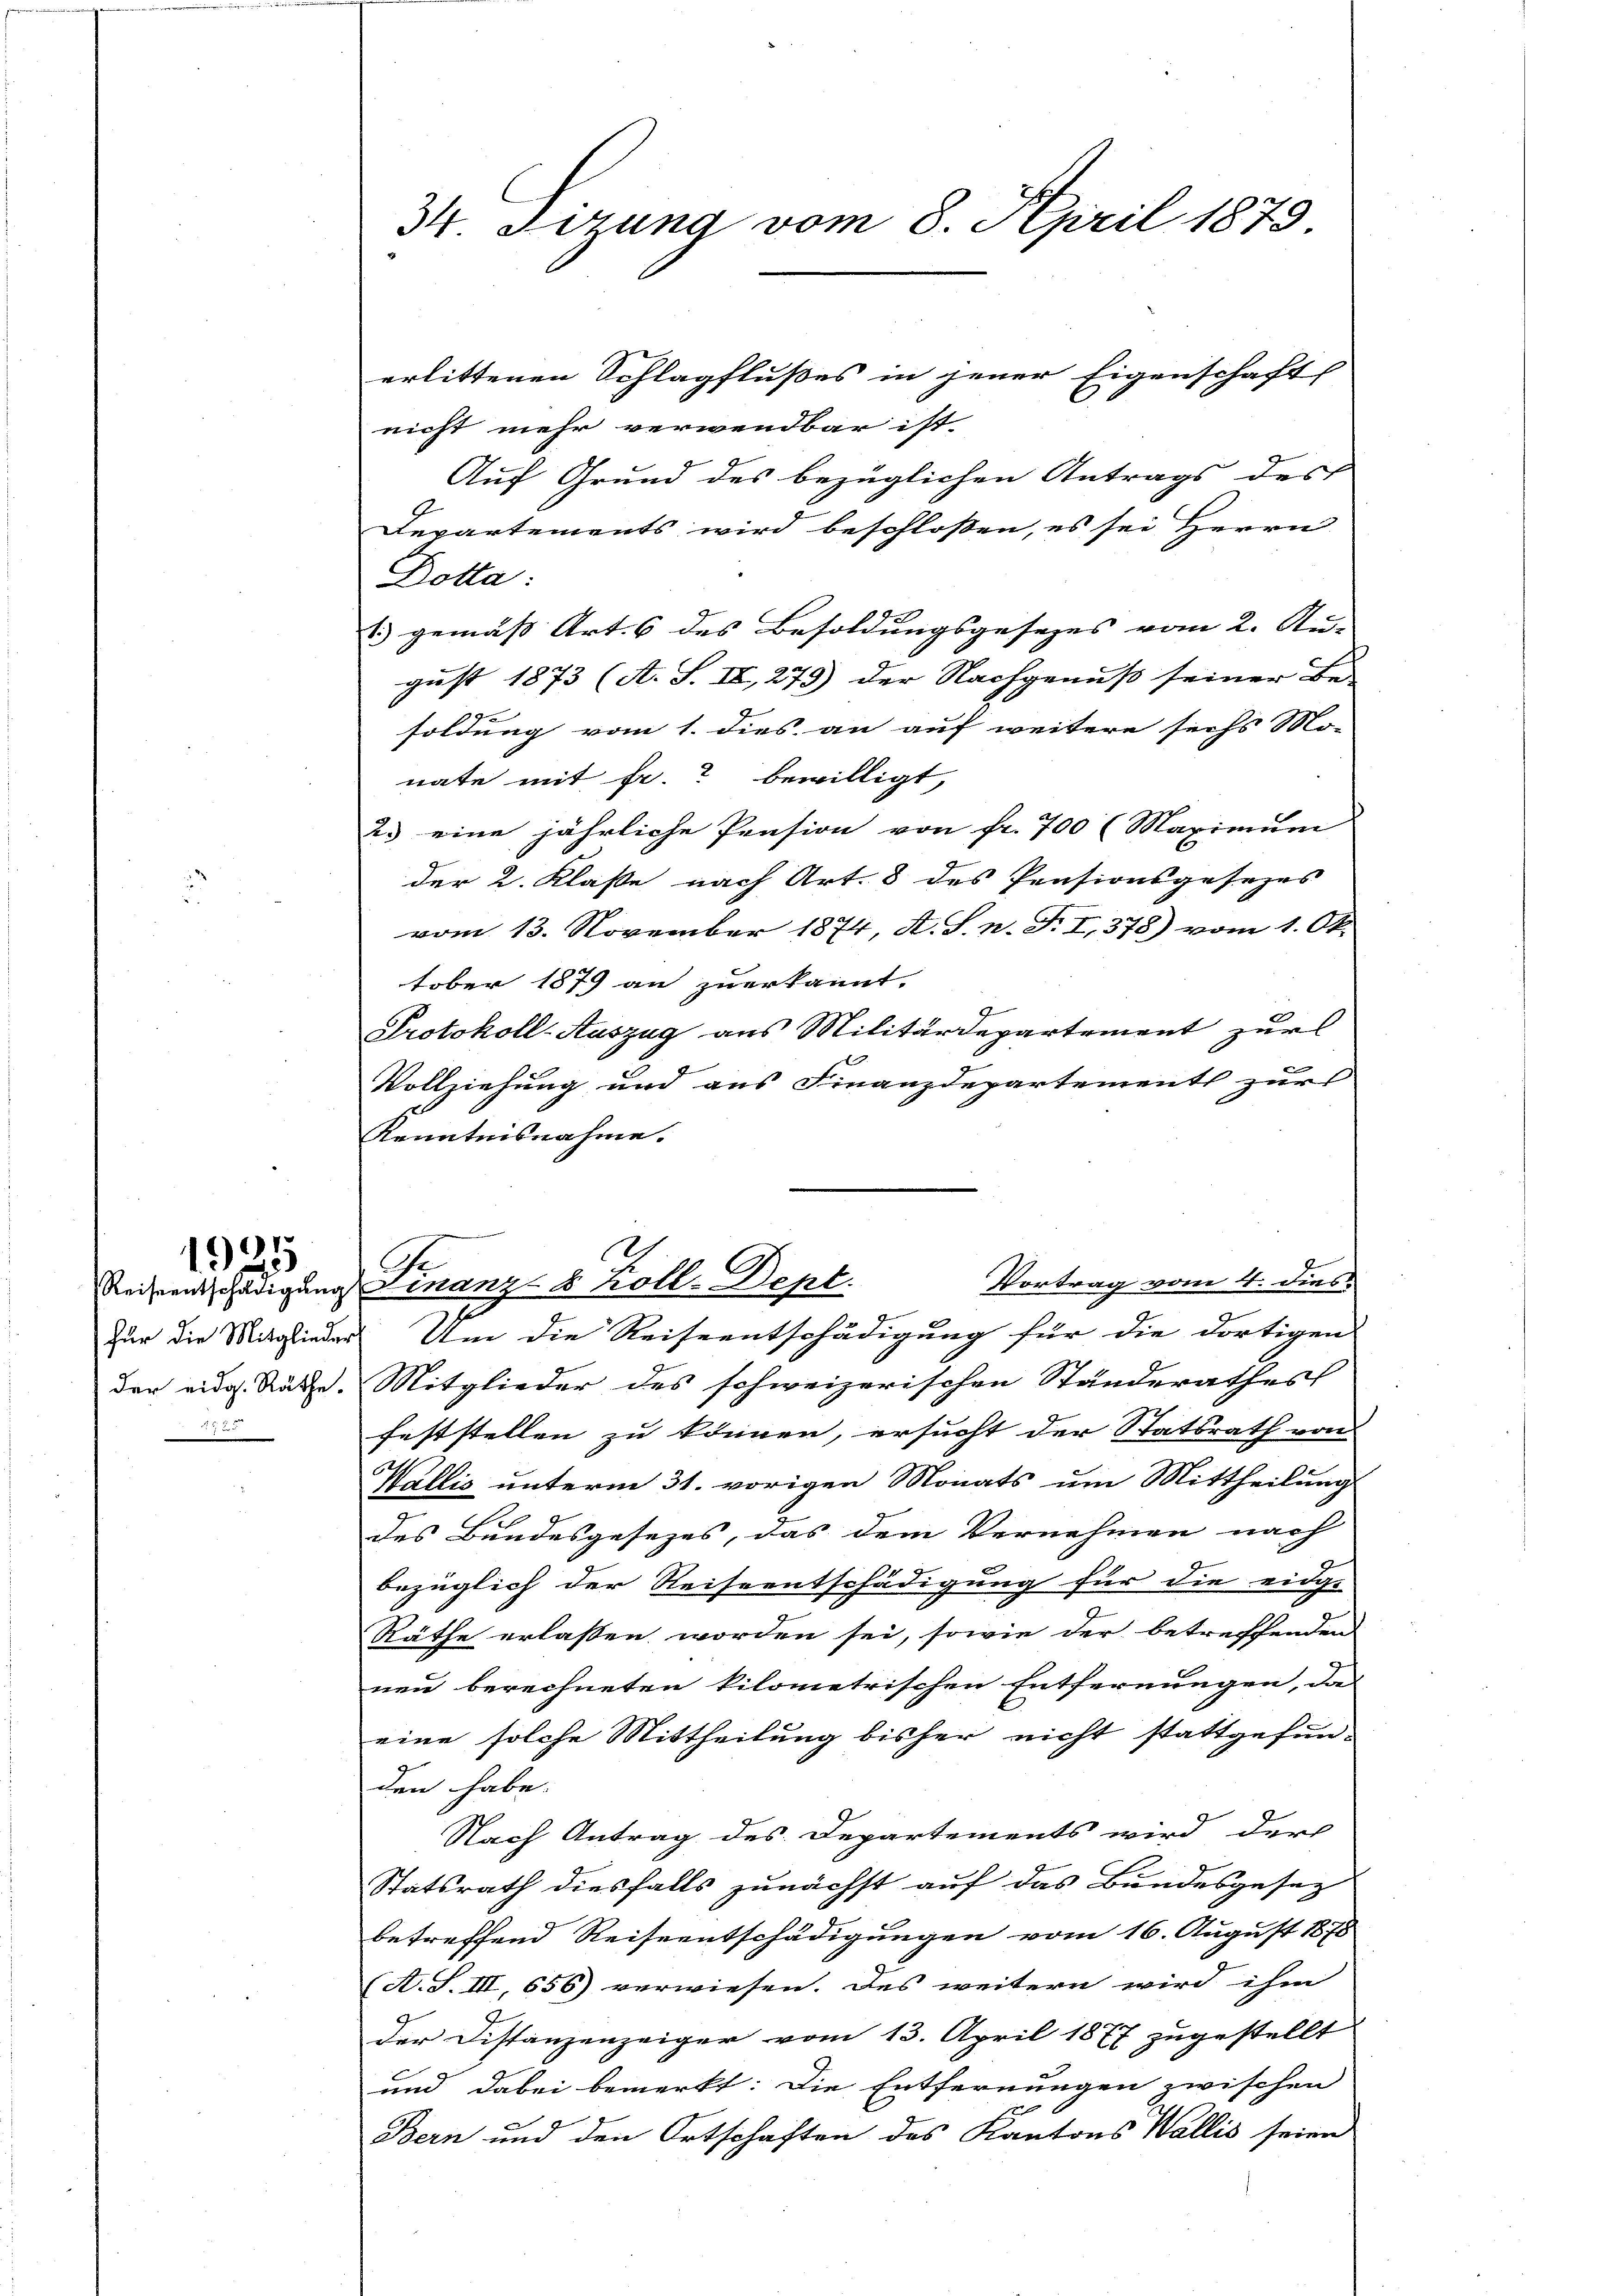
1925
Reiseentschädigung

erlittenen Schlagflußes in jener Eigenschaft
nicht mehr verwendbar ist
Auf Grund des bezüglichen Antrags des
Departements wird beschloßen, es sei Herrn
Dotta:
 gemäß Art. 6 des Besoldungsgesezes vom 2. Au-
gust 1873 (A. S. II, 275) der Nachgenuß seiner Be-
soldung vom 1. dies an auf weitere sechs Mo-
nate mit fr. bewilligt,
2.) eine jährliche Pension von fr. 700 (Maximum
der 2. Klaße nach Art. 8 des Pensionsgesezes
vom 13. November 1874, A. S. n. F. I,378) vom 1. Ok-
tober 1879 an zuerkannt.
Protokoll-Auszug aus Militärdepartement zur
.
Vollziehung und aus Finanzdepartement zur
Kenntnisnahme.
Zur die Mitglieder Um die Reiseentschädigung für die dortigen
der eidg. Räthe. Mitglieder des schweizerischen Ständerathes
feststellen zu können, ersucht der Statsrath von
Wallis unterm 31. vorigen Monats um Mittheilung
des Bundesgesetzes, das dem Vernehmen nach
bezüglich der Reiseentschädigung für die eidge
Räthe erlassen worden sei, sowie der betreffenden
neu berechneten kilometrischen Entfernungen, das
eine solche Mittheilung bisher nicht stattgefunden habe.
Nach Antrag des Departements wird der
Statsrath diesfalls zunächst auf das Bundesgesetz
betreffend Reiseentschädigungen vom 16. August 1878
(A.S. III, 656) verwiesen. Des weitern wird ihm
der Distanzenzeiger vom 13. April 1877 zugestellt
und dabei bemerkt: Die Entfernungen zwischen
Bern und den Ortschaften des Kantons Wallis seien

34. Sizung vom 8. April 1873.

E
.
Vortrag vom 4. dies
Finanz- & Koll-Dept.